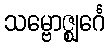
သမ္ဗောဇ္ဈင်္ဂေ